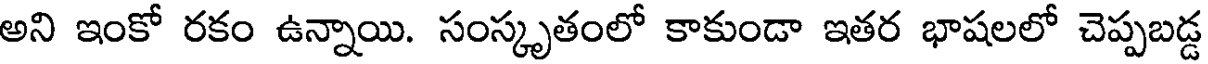
అని ఇంకో రకం ఉన్నాయి. సంస్కృతంలో కాకుండా ఇతర భాషలలో చెప్పబడ్డ